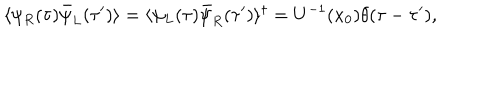
LaTeX: \langle \psi _ { R } ( \tau ) \bar { \psi } _ { L } ( \tau ^ { \prime } ) \rangle = \langle \psi _ { L } ( \tau ) \bar { \psi } _ { R } ( \tau ^ { \prime } ) \rangle ^ { \dagger } = U ^ { - 1 } ( x _ { 0 } ) \theta ( \tau - \tau ^ { \prime } ) ,